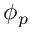
\phi _ { p }